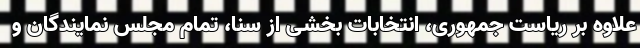
علاوه بر ریاست جمهوری، انتخابات بخشی از سنا، تمام مجلس نمایندگان و